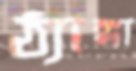
ঠ্যাঙ্গা